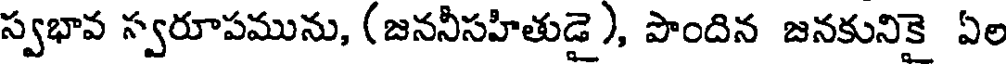
స్వభావ స్వరూపమును, (జననీసహితుడై ), పొందిన జనకునికై ఏల